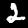
Digit: 2